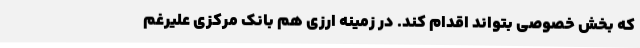
که بخش خصوصی بتواند اقدام کند. در زمینه ارزی هم بانک مرکزی علیرغم